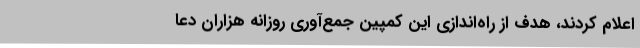
اعلام کردند، هدف از راه‌اندازی این کمپین جمع‌آوری روزانه هزاران دعا